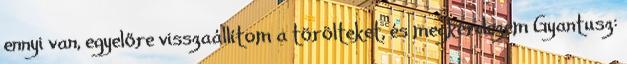
ennyi van, egyelőre visszaállítom a törölteket, és megkérdezem Gyantusz: